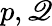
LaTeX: p,\mathscr{Q}